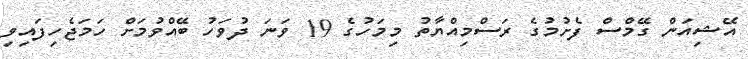
އޭޝިއަން ގޭމްސް ފެށުމުގެ ރަސްމިއްޔާތު މިމަހުގެ 19 ވަނަ ދުވަހު ބޭއްވުމަށް ހަމަޖެހިފައިވި